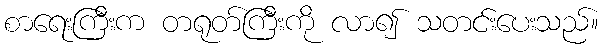
စာရေးကြီးက တရုတ်ကြီးကို လာ၍ သတင်းပေးသည်။